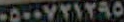
٠٥٠٠٧٢١٢٩٥